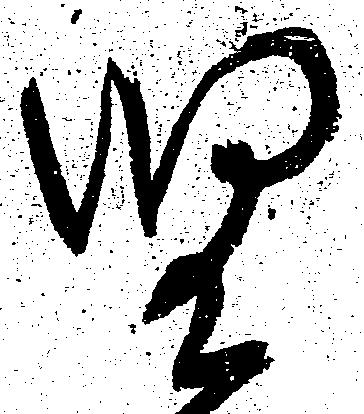
児